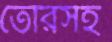
তৈরিসহ